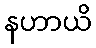
နဟာယိ